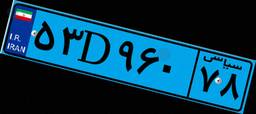
۷۲D۷۷۵۵۲